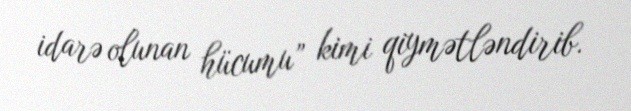
idarə olunan hücumu” kimi qiymətləndirib.